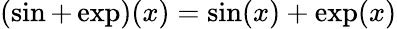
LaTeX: (\sin+\exp)(x)=\sin(x)+\exp(x)